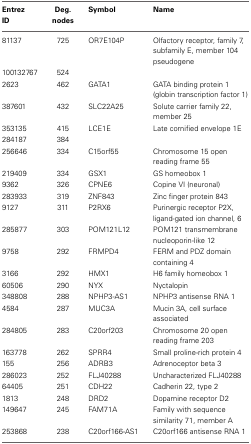
<table><thead><tr><td><b>Entrez ID</b></td><td><b>Deg. nodes</b></td><td><b>Symbol</b></td><td><b>Name</b></td></tr></thead><tbody><tr><td>81137</td><td>725</td><td>OR7E104P</td><td>Olfactory receptor, family 7, subfamily E, member 104 pseudogene</td></tr><tr><td>100132767</td><td>524</td><td></td><td></td></tr><tr><td>2623</td><td>462</td><td>GATA1</td><td>GATA binding protein 1 (globin transcription factor 1)</td></tr><tr><td>387601</td><td>432</td><td>SLC22A25</td><td>Solute carrier family 22, member 25</td></tr><tr><td>353135</td><td>415</td><td>LCE1E</td><td>Late cornified envelope 1E</td></tr><tr><td>284187</td><td>384</td><td></td><td></td></tr><tr><td>256646</td><td>334</td><td>C15orf55</td><td>Chromosome 15 open reading frame 55</td></tr><tr><td>219409</td><td>334</td><td>GSX1</td><td>GS homeobox 1</td></tr><tr><td>9362</td><td>326</td><td>CPNE6</td><td>Copine VI (neuronal)</td></tr><tr><td>283933</td><td>319</td><td>ZNF843</td><td>Zinc finger protein 843</td></tr><tr><td>9127</td><td>311</td><td>P2RX6</td><td>Purinergic receptor P2X, ligand-gated ion channel, 6</td></tr><tr><td>285877</td><td>303</td><td>POM121L12</td><td>POM121 transmembrane nucleoporin-like 12</td></tr><tr><td>9758</td><td>292</td><td>FRMPD4</td><td>FERM and PDZ domain containing 4</td></tr><tr><td>3166</td><td>292</td><td>HMX1</td><td>H6 family homeobox 1</td></tr><tr><td>60506</td><td>290</td><td>NYX</td><td>Nyctalopin</td></tr><tr><td>348808</td><td>288</td><td>NPHP3-AS1</td><td>NPHP3 antisense RNA 1</td></tr><tr><td>4584</td><td>287</td><td>MUC3A</td><td>Mucin 3A, cell surface associated</td></tr><tr><td>284805</td><td>283</td><td>C20orf203</td><td>Chromosome 20 open reading frame 203</td></tr><tr><td>163778</td><td>262</td><td>SPRR4</td><td>Small proline-rich protein 4</td></tr><tr><td>155</td><td>256</td><td>ADRB3</td><td>Adrenoceptor beta 3</td></tr><tr><td>286023</td><td>252</td><td>FLJ40288</td><td>Uncharacterized FLJ40288</td></tr><tr><td>64405</td><td>251</td><td>CDH22</td><td>Cadherin 22, type 2</td></tr><tr><td>1813</td><td>248</td><td>DRD2</td><td>Dopamine receptor D2</td></tr><tr><td>149647</td><td>245</td><td>FAM71A</td><td>Family with sequence similarity 71, member A</td></tr><tr><td>253868</td><td>238</td><td>C20orf166-AS1</td><td>C20orf166 antisense RNA 1</td></tr></tbody></table>